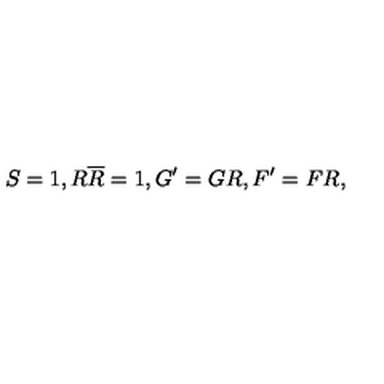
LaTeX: S = 1 , R \overline { { R } } = 1 , G ^ { \prime } = G R , F ^ { \prime } = F R ,